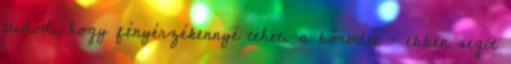
tudod, hogy fényérzékennyé teheti a bőrödet – ebben segít